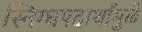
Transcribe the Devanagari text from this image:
स्निग्धपदार्थांमुळे